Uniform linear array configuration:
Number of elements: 8
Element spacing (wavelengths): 1
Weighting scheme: cosine
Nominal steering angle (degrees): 15
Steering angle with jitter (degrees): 13.448
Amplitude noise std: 0.05
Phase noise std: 0.05

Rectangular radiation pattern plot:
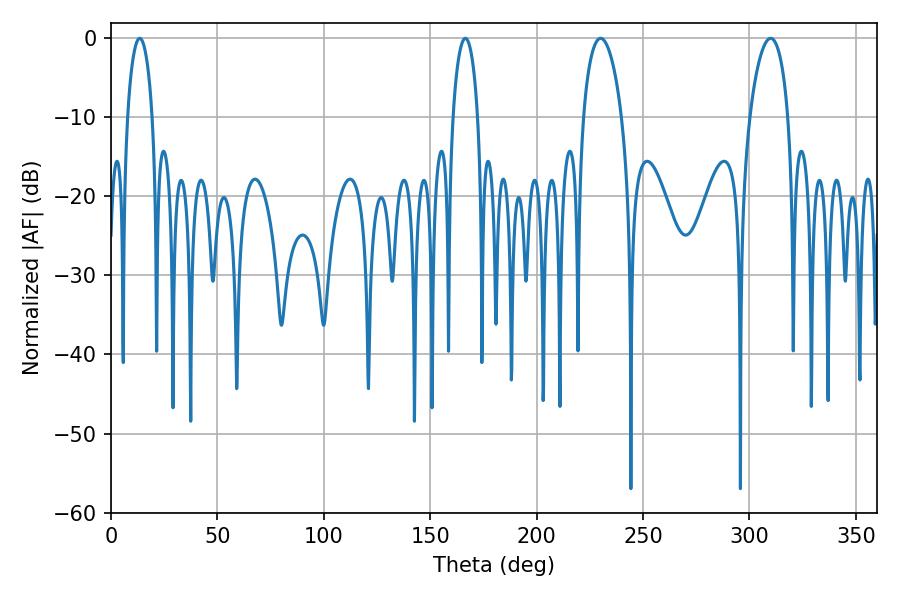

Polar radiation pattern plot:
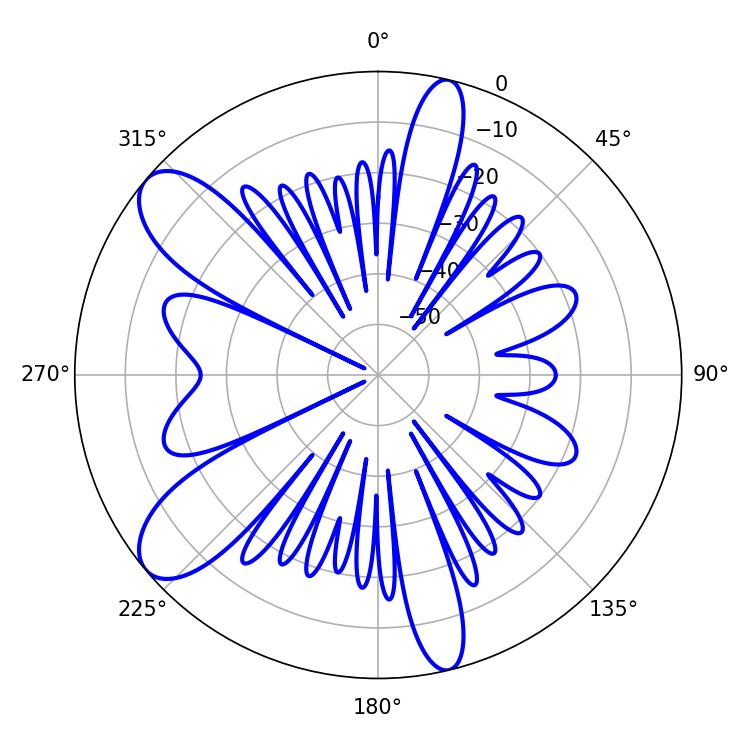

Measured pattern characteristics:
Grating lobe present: TRUE
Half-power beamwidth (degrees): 6.66
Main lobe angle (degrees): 13.5